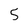
Character: 5